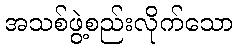
အသစ်ဖွဲ့စည်းလိုက်သော